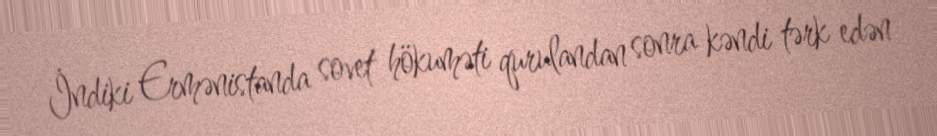
İndiki Ermənistanda sovet hökuməti qurulandan sonra kəndi tərk edən